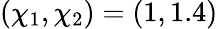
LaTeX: (\chi_{1},\chi_{2})=(1,1.4)